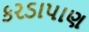
કરડાપાણ